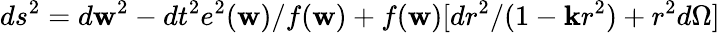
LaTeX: ds^{2}=d\mathbf{w}^{2}-dt^{2}e^{2}(\mathbf{w})/f(\mathbf{w})+f(\mathbf{w})[dr^{2}/(1-\mathbf{k}r^{2})+r^{2}d\Omega]